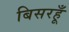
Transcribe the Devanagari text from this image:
बिसरहूँ